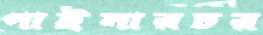
পাইনারচর